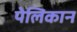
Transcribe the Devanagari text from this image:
पेलिकान